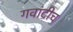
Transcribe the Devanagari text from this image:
गवांदीच